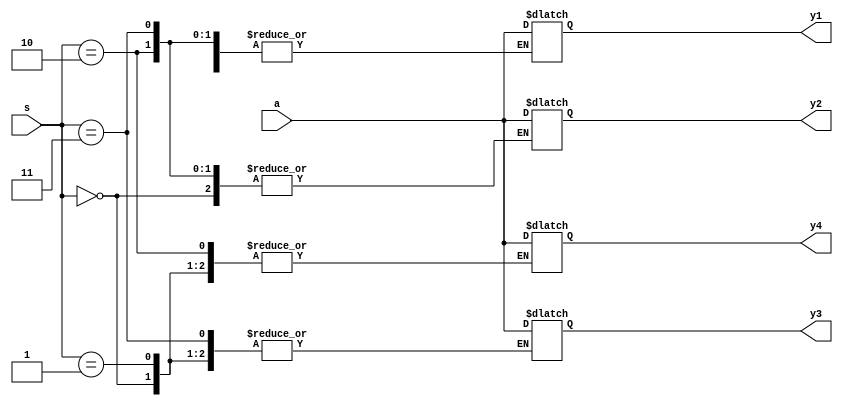
module demux1x4(
	input [3:0] a,
	input [1:0] s,
	output reg [3:0] y1, y2, y3, y4
);

always@(*) begin
	case(s)
		2'b00 : y1 = a;
		2'b01 : y2 = a;
		2'b10 : y3 = a;
		2'b11 : y4 = a;
	endcase
end

endmodule